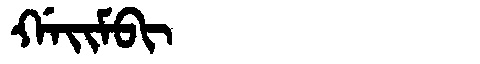
Manchu: ᡤᠠᡳᠮᠪᡳ
Romanization: GAIMBI